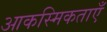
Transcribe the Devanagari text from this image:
आकस्मिकताएँ